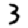
Digit: 3